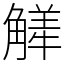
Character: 觲